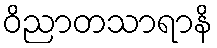
ဝိညာတသာရာနိ